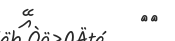
٤٥         އޭ